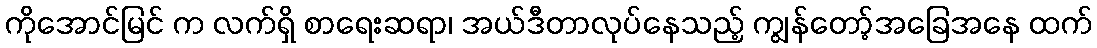
ကိုအောင်မြင် က လက်ရှိ စာရေးဆရာ၊ အယ်ဒီတာလုပ်နေသည့် ကျွန်တော့်အခြေအနေ ထက်